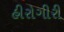
હીરોગીરી